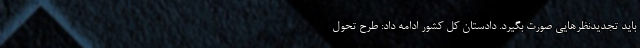
باید تجدیدنظرهایی صورت بگیرد. دادستان کل کشور ادامه داد: طرح تحول